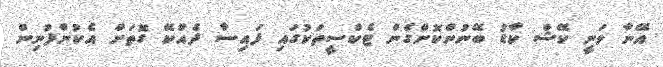
އޭނާ ވަނީ ކޭޝް ކާޑު ބޭނުންކޮށްގެން ޓެކްސީތަކުގައި ފައިސާ ދެއްކޭ ގޮތަށް އެކުންފުނިން